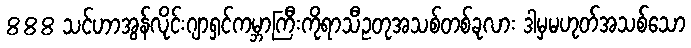
888 သင်ဟာအွန်လိုင်းဂျာရှင်ကမ္ဘာကြီးကိုရာသီဥတုအသစ်တစ်ခုလား ဒါမှမဟုတ်အသစ်သော